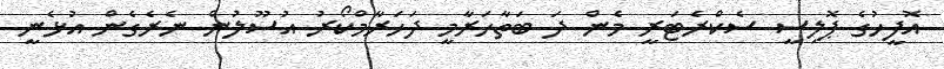
އޮފީހުގެ ޕޮލިސީ ސެކްރެޓަރީ މެން ދަ ބަތާހަރާމީ ދަހަރާމްކޯރު އުސޫލުން ނެރެގެން އުޅެނީ